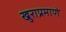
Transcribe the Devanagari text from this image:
खुराप्रमाणे